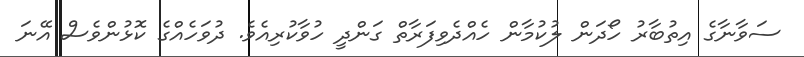
ސަވާނާގެ އިތުބާރު ހޯދަން ލުކުމާން ހެއްދެވިފަރާތް ގަންދީ ހުވާކުރިއެވެ. ދުވަހެއްގެ ކޮޅުންވެސް އޭނަ